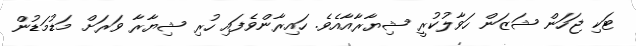
ޓަކި ޖަހަން ޝަޒަން ހަވާލުކުރީ ޝިޔާރާއާއެވެ. ހައިރާންވެފައި ހުރި ޝިޔާރާ ވަރަށް މަޑުމަޑުން